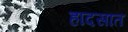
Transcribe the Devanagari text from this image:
हादसात